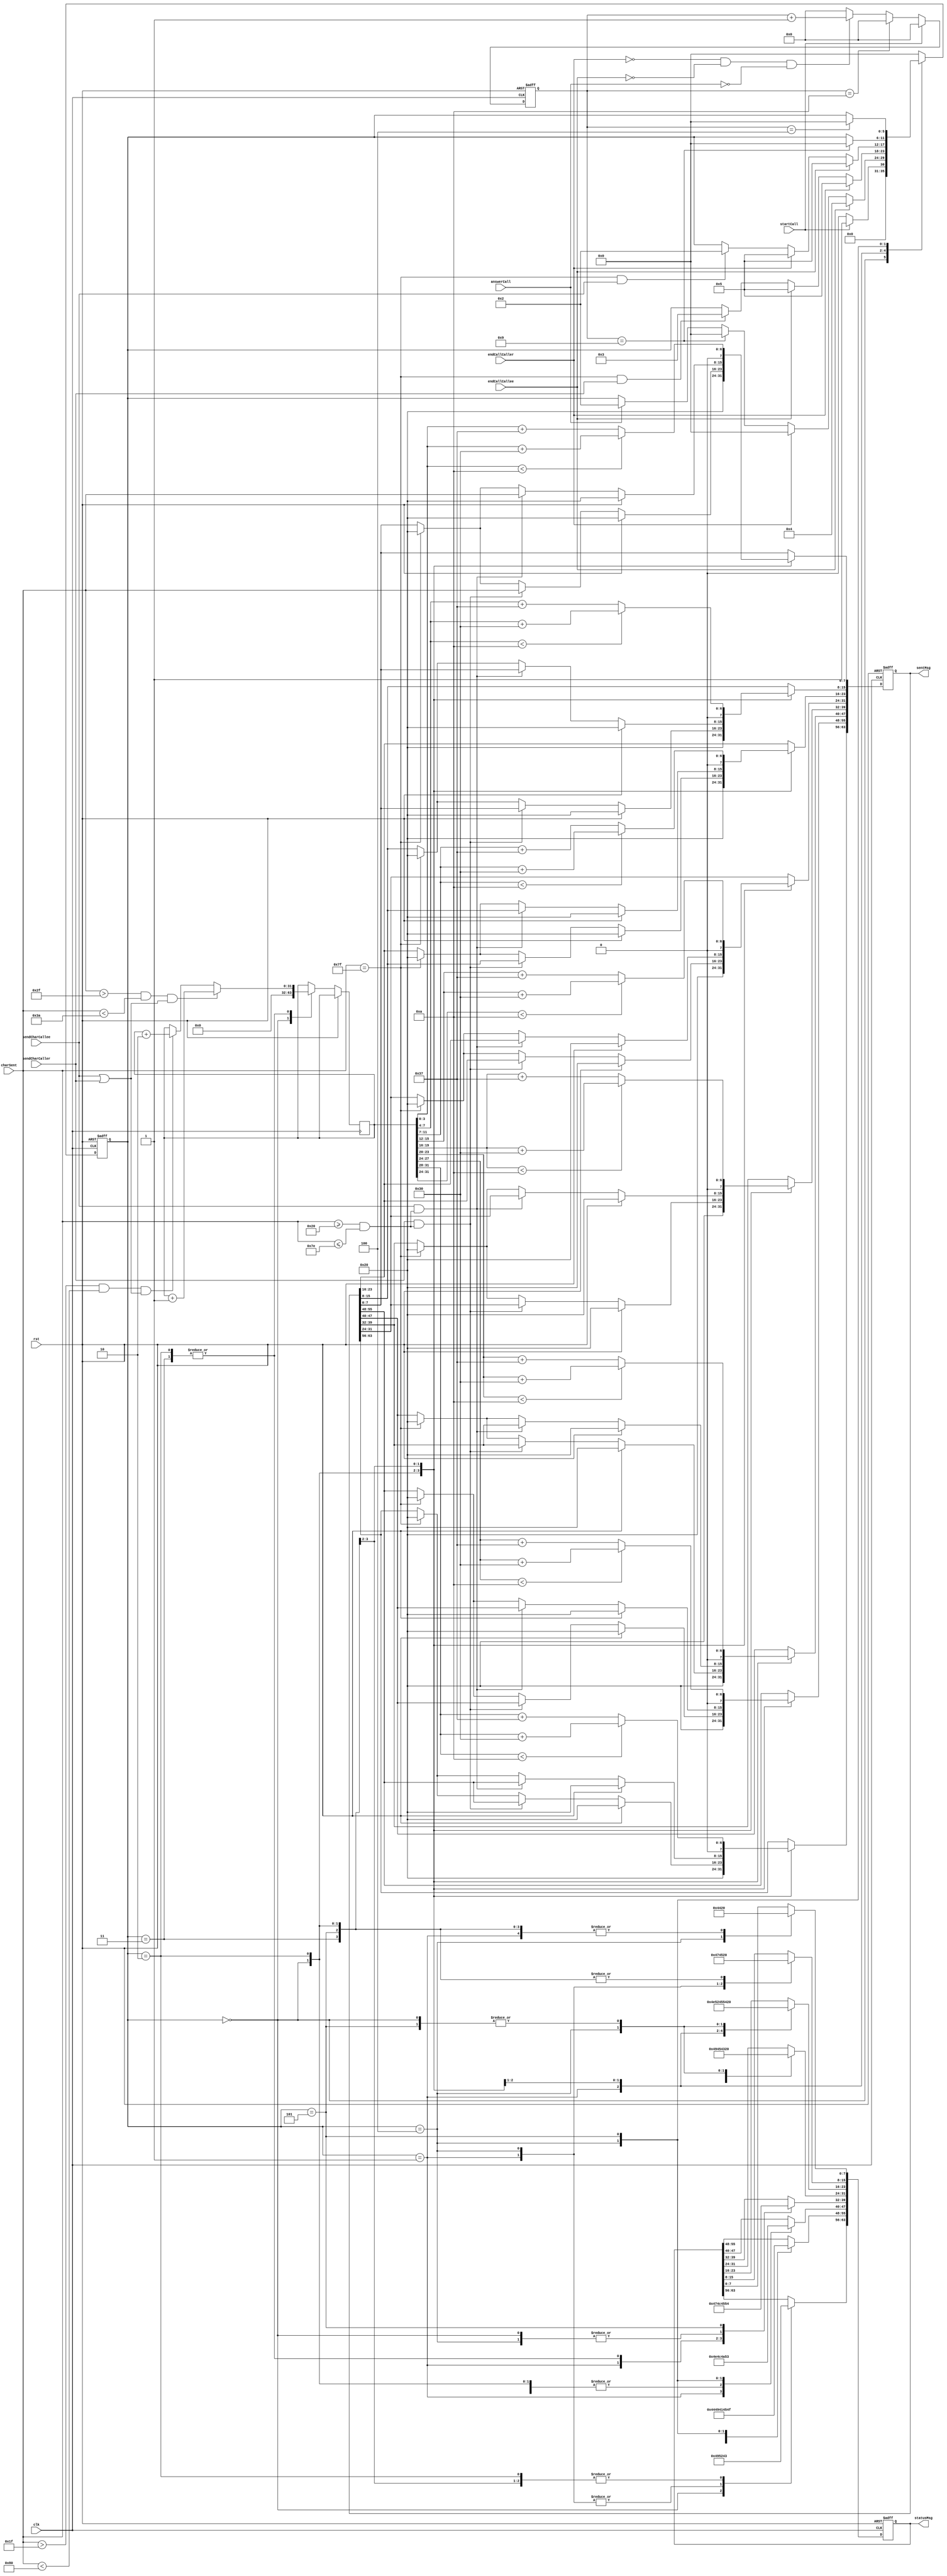
`timescale 1ns / 1ps

module tel(clk, rst, startCall, answerCall, endCallCaller, endCallCallee, sendCharCaller, sendCharCallee, charSent, statusMsg, sentMsg);

	input clk, rst, startCall, answerCall, endCallCaller, endCallCallee, sendCharCaller, sendCharCallee;
	input[7:0] charSent;

	output reg[63:0] statusMsg;
	output reg[63:0] sentMsg;

	reg[31:0] cost;
	reg[5:0] current_state;
	reg[5:0] next_state;
	reg[3:0] count;

	parameter[5:0] S0 = 6'b000000;
	parameter[5:0] S1 = 6'b000001;
	parameter[5:0] S2 = 6'b000010;
	parameter[5:0] S3 = 6'b000011;
	parameter[5:0] S4 = 6'b000100;
	parameter[5:0] S5 = 6'b000101;

	// state transition
	always @(posedge clk or posedge rst)
	begin
	if (rst)  current_state <= S0;
	else     current_state <= next_state;
	end

	// combinational part
	always @(*)
	begin
	case(current_state)
	S0: //initial state - IDLE
	begin
		if (startCall)  next_state = S1;
		else 			   next_state = S0;
	end

	S1 : //ringing state
	begin
		if (endCallCallee)       next_state = S4;
		else if (endCallCaller)  next_state = S0;
		else if (count == 9)      next_state = S0;
		else if (answerCall)      next_state = S2;
		else 							 next_state = current_state;
	end

	S2 : //caller
	begin
		if (endCallCaller)  		 next_state = S5;
		else if (endCallCallee)	 next_state = S5;
		else if (charSent == 127 & sendCharCaller) next_state = S3;
		else 							 next_state = current_state;
	end

	S3 : //callee
	begin
		if (endCallCallee)       next_state = S5;
		else if (endCallCaller)  next_state = S5;
		else if (charSent == 127 & sendCharCallee) next_state = S2;
		else 							 next_state = current_state;
	end

	S4 : // rejected - callee ended
	begin
		if (count == 9) next_state = S0;
		else 				next_state = current_state;
	end

	S5 : // cost
	begin
		if (count == 4) next_state = S0;
		else 				next_state = current_state;
	end
	default: next_state = S0;
	endcase
	end

		// counter
		always @(posedge clk or posedge rst)
		begin
		if (rst) count <= 0;
		else if (startCall) count <= 0;
		else if (count == 10) count <= 0;
		else if (!endCallCaller & !endCallCallee & !answerCall)	count <= count + 1;
		else count <= 0;
	end

		// sequential part - output
		always @(posedge clk or posedge rst)
		begin
		if (rst)
			begin
					statusMsg[7:0] <= {8{8'd32}};
					statusMsg[15:8] <= {8{8'd32}};
					statusMsg[23:16] <= {8{8'd32}};
					statusMsg[31:24] <= {8{8'd32}};
					statusMsg[39:32] <= {8{8'd69}};
					statusMsg[47:40] <= {8{8'd76}};
					statusMsg[55:48] <= {8{8'd68}};
					statusMsg[63:56] <= {8{8'd73}};
					
					sentMsg[7:0] <= 32;
					sentMsg[15:8] <= 32;
					sentMsg[23:16] <= 32;
					sentMsg[31:24] <= 32;
					sentMsg[39:32] <= 32;
					sentMsg[47:40] <= 32;
					sentMsg[55:48] <= 32;
					sentMsg[63:56] <= 32;
			end
		else
			begin
			case(current_state)
			S0:
				begin
					// "IDLE    "
					statusMsg[7:0] <= {8{8'd32}};
					statusMsg[15:8] <= {8{8'd32}};
					statusMsg[23:16] <= {8{8'd32}};
					statusMsg[31:24] <= {8{8'd32}};
					statusMsg[39:32] <= {8{8'd69}};
					statusMsg[47:40] <= {8{8'd76}};
					statusMsg[55:48] <= {8{8'd68}};
					statusMsg[63:56] <= {8{8'd73}};
					cost <= 0;

					sentMsg[7:0] <= 32;
					sentMsg[15:8] <= 32;
					sentMsg[23:16] <= 32;
					sentMsg[31:24] <= 32;
					sentMsg[39:32] <= 32;
					sentMsg[47:40] <= 32;
					sentMsg[55:48] <= 32;
					sentMsg[63:56] <= 32;
				end
					S1 :
				begin
					// "RINGING "
					statusMsg[7:0] <= {8{8'd32}};
					statusMsg[15:8] <= {8{8'd71}};
					statusMsg[23:16] <= {8{8'd78}};
					statusMsg[31:24] <= {8{8'd73}};
					statusMsg[39:32] <= {8{8'd71}};
					statusMsg[47:40] <= {8{8'd78}}; 
					statusMsg[55:48] <= {8{8'd73}};
					statusMsg[63:56] <= {8{8'd82}};
					end
					S2 :
				begin
					// "CALLER  "
					statusMsg[7:0] <= {8{8'd32}};
					statusMsg[15:8] <= {8{8'd32}};
					statusMsg[23:16] <= {8{8'd82}};
					statusMsg[31:24] <= {8{8'd69}};
					statusMsg[39:32] <= {8{8'd76}};
					statusMsg[47:40] <= {8{8'd76}};
					statusMsg[55:48] <= {8{8'd65}};
					statusMsg[63:56] <= {8{8'd67}};
					if (rst)
						begin
						sentMsg <= {8{8'd32}};
						cost <= 0;
				end
					else
						begin
						if (charSent > 47 & charSent < 58 & (sendCharCallee | sendCharCaller)) cost <= cost + 1;
						else if (charSent > 31 & charSent < 128 & (sendCharCallee | sendCharCaller)) cost <= cost + 2;
				if (sendCharCaller & (charSent >= 32 & charSent <= 126))
					begin
					sentMsg[7:0] <= charSent;
				sentMsg[15:8] <= sentMsg[7:0];
				sentMsg[23:16] <= sentMsg[15:8];
				sentMsg[31:24] <= sentMsg[23:16];
				sentMsg[39:32] <= sentMsg[31:24];
				sentMsg[47:40] <= sentMsg[39:32];
				sentMsg[55:48] <= sentMsg[47:40];
				sentMsg[63:56] <= sentMsg[55:48];
				end
				else if (charSent == 127)
				begin
					sentMsg[7:0] <= 32;
					sentMsg[15:8] <= 32;
					sentMsg[23:16] <= 32;
					sentMsg[31:24] <= 32;
					sentMsg[39:32] <= 32;
					sentMsg[47:40] <= 32;
					sentMsg[55:48] <= 32;
					sentMsg[63:56] <= 32;
				end
				else
					begin
					sentMsg <= sentMsg;
				end

					end
					end
					S3 :
				begin
					// "CALLEE  "
					statusMsg[7:0] <= {8{8'd32}};
					statusMsg[15:8] <= {8{8'd32}};
					statusMsg[23:16] <= {8{8'd69}};
					statusMsg[31:24] <= {8{8'd69}};
					statusMsg[39:32] <= {8{8'd76}};
					statusMsg[47:40] <= {8{8'd76}};
					statusMsg[55:48] <= {8{8'd65}};
					statusMsg[63:56] <= {8{8'd67}};
					if (rst)
						begin
						sentMsg <= {8{8'd32}};
						cost <= 0;
				end
					else
						begin
						if (charSent > 47 & charSent < 58 & (sendCharCallee | sendCharCaller)) cost <= cost + 1;
						else if (charSent > 31 & charSent < 128 & (sendCharCallee | sendCharCaller)) cost <= cost + 2;

				if (sendCharCallee & (charSent >= 32 & charSent <= 126))
					begin
					sentMsg[7:0] <= charSent;
				sentMsg[15:8] <= sentMsg[7:0];
				sentMsg[23:16] <= sentMsg[15:8];
				sentMsg[31:24] <= sentMsg[23:16];
				sentMsg[39:32] <= sentMsg[31:24];
				sentMsg[47:40] <= sentMsg[39:32];
				sentMsg[55:48] <= sentMsg[47:40];
				sentMsg[63:56] <= sentMsg[55:48];
				end
				else if (charSent == 127)
				begin 
					sentMsg[7:0] <= 32;
					sentMsg[15:8] <= 32;
					sentMsg[23:16] <= 32;
					sentMsg[31:24] <= 32;
					sentMsg[39:32] <= 32;
					sentMsg[47:40] <= 32;
					sentMsg[55:48] <= 32;
					sentMsg[63:56] <= 32;
				end
				else
					begin
					sentMsg <= sentMsg;
				end
					end
					end

					S4 :
				begin
					// "REJECTED"
					statusMsg[7:0] <= {8{8'd68}};
					statusMsg[15:8] <= {8{8'd69}};
					statusMsg[23:16] <= {8{8'd84}};
					statusMsg[31:24] <= {8{8'd67}};
					statusMsg[39:32] <= {8{8'd69}}; 
					statusMsg[47:40] <= {8{8'd74}}; 
					statusMsg[55:48] <= {8{8'd69}}; 
					statusMsg[63:56] <= {8{8'd82}}; 
					end
					S5 :
				begin
					// "COST    "					
					statusMsg[7:0] <= {8{8'd32}};
					statusMsg[15:8] <= {8{8'd32}};
					statusMsg[23:16] <= {8{8'd32}};
					statusMsg[31:24] <= {8{8'd32}};
					statusMsg[39:32] <= {8{8'd84}}; 
					statusMsg[47:40] <= {8{8'd83}}; 
					statusMsg[55:48] <= {8{8'd79}}; 
					statusMsg[63:56] <= {8{8'd67}}; 

					if (cost[3:0] < 10) sentMsg[7:0] <= cost[3:0] + 48; else sentMsg[7:0] <= cost[3:0] + 55;
				if (cost[7:4] < 10) sentMsg[15:8] <= cost[7:4] + 48; else sentMsg[15:8] <= cost[7:4] + 55;
				if (cost[11:7] < 10) sentMsg[23:16] <= cost[11:7] + 48; else sentMsg[23:16] <= cost[11:7] + 55;
				if (cost[31:24] < 10) sentMsg[31:24] <= cost[15:12] + 48; else sentMsg[31:24] <= cost[15:12] + 55;
				if (cost[19:16] < 10) sentMsg[39:32] <= cost[19:16] + 48; else sentMsg[39:32] <= cost[19:16] + 55;
				if (cost[23:20] < 10) sentMsg[47:40] <= cost[23:20] + 48; else sentMsg[47:40] <= cost[23:20] + 55;
				if (cost[27:24] < 10) sentMsg[55:48] <= cost[27:24] + 48; else sentMsg[55:48] <= cost[27:24] + 55;
				if (cost[31:28] < 10) sentMsg[63:56] <= cost[31:28] + 48; else sentMsg[63:56] <= cost[31:28] + 55;
				end
			endcase
			end
		end

endmodule